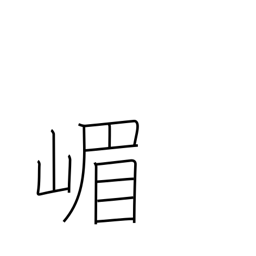
Meaning: place name